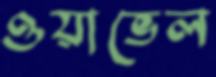
ওয়াভেল